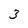
Character: 3